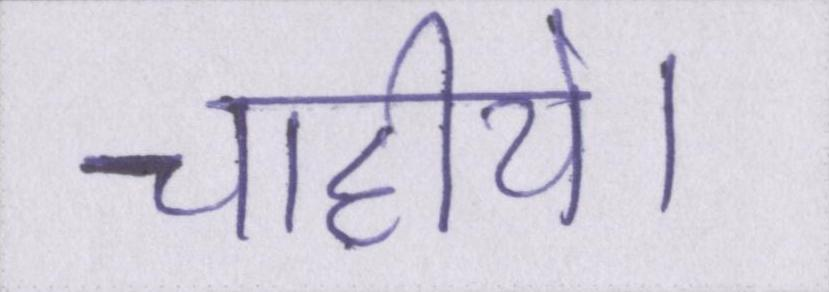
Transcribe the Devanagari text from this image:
चाहीये।